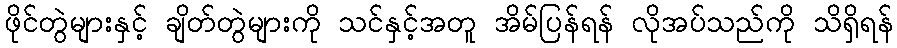
ဖိုင်တွဲများနှင့် ချိတ်တွဲများကို သင်နှင့်အတူ အိမ်ပြန်ရန် လိုအပ်သည်ကို သိရှိရန်